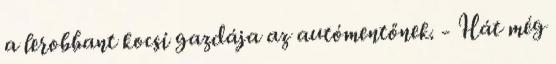
a lerobbant kocsi gazdája az autómentőnek. - Hát még